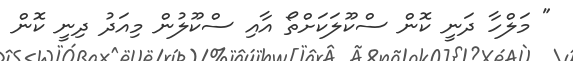
" މަލްހާ ދަނީ ކޮން ސްކޫލަކަށްތޯ އާއި ސްކޫލުން މިއަދު ދިނީ ކޮން